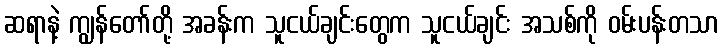
ဆရာနဲ့ ကျွန်တော်တို့ အခန်းက သူငယ်ချင်းတွေက သူငယ်ချင်း အသစ်ကို ဝမ်းပန်းတသာ